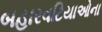
બહારવટિયાઓના